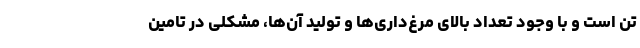
تن است و با وجود تعداد بالای مرغ‌داری‌ها و تولید آن‌ها، مشکلی در تامین